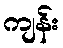
ကျန်း